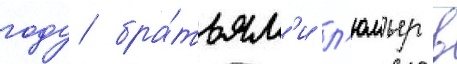
году бра́тьям'и л'юмьер в